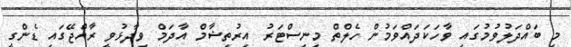
މި ބައްދަލުވުމުގައި ވާހަކަދައްވަމުން ހެލްތް މިނިސްޓަރު އިރުތިޝާމް އާދަމް ވިދާޅުވީ ރާއްޖޭގައި ޑެންގީ